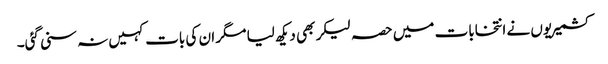
کشمیریوں نے انتخابات میں حصہ لیکر بھی دیکھ لیا مگر ان کی بات کہیں نہ سنی گئی۔